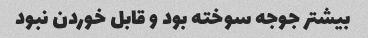
بیشتر جوجه سوخته بود و قابل خوردن نبود